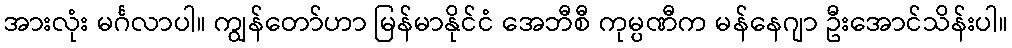
အားလုံး မင်္ဂလာပါ။ ကျွန်တော်ဟာ မြန်မာနိုင်ငံ အေဘီစီ ကုမ္ပဏီက မန်နေဂျာ ဦးအောင်သိန်းပါ။